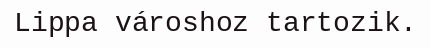
Lippa városhoz tartozik.